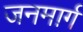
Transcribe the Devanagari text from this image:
जनमार्ग